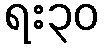
ရး၃၀